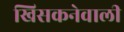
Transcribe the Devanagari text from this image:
खिसकनेवाली